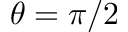
\theta = \pi / 2